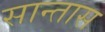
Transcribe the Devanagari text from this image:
सान्तास